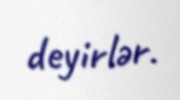
deyirlər.